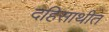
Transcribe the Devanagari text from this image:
दहिसाथीत